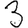
Digit: 3